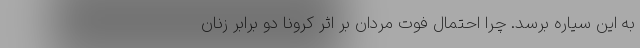
به این سیاره برسد. چرا احتمال فوت مردان بر اثر کرونا دو برابر زنان